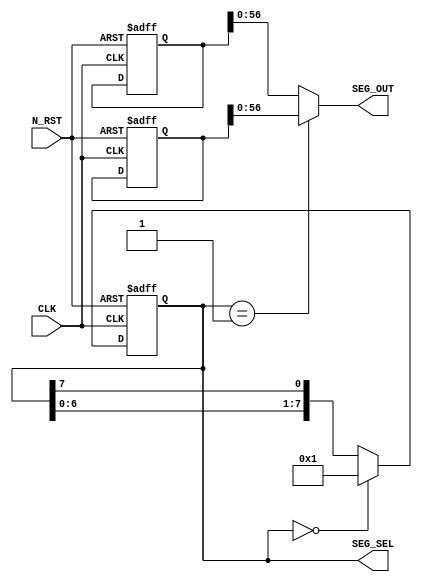
module hq_top(input         CLK,
              input         N_RST,
              output [63:7] SEG_OUT,
              output [ 7:0] SEG_SEL);

    reg [7:0]     r_controller;
    reg [63:0]    r_dot, r_hello;

    wire [7:0]    dec_h, dec_e, dec_l, dec_o, dec_dot;

    assign SEG_OUT = seg_out_select(r_controller);
    assign SEG_SEL = r_controller;

    /* ------------------------------------------------------ */
    // controller
    always@(posedge CLK or negedge N_RST)
      begin
          if(~N_RST) begin
              r_controller <= 8'b0000_0000;
          end else if(r_controller == 8'b0000_0000) begin
              r_controller <= 8'b0000_0001;
          end else begin
              r_controller <= {r_controller[6:0], r_controller[7]};
          end
      end

    /* ------------------------------------------------------ */
    // seg_out_selector
    function [63:0] seg_out_select;
        input [7:0] controller;
        case(controller)
            8'b0000_0001 : seg_out_select = r_hello;
            default      : seg_out_select = r_dot;
        endcase
    endfunction

    /* ------------------------------------------------------ */
    // register
    always@(posedge CLK or negedge N_RST)
      begin
          if(~N_RST) begin
              r_dot   <= 64'h0101_0101_0101_0101;
              r_hello <= {dec_h, dec_e, dec_l, dec_l, dec_o, dec_dot, dec_dot, dec_dot};
          end
      end

    /* ------------------------------------------------------ */
    // decode
    //                    +-------- upper
    //                    |+------- right upper
    //                    ||+------ right lower
    //                    |||+----- lower
    //                    ||||+---- left lower
    //                    |||||+--- left upper
    //                    ||||||+-- center
    //                    |||||||+- dot
    assign dec_h     = 8'b01101110;
    assign dec_e     = 8'b10011110;
    assign dec_l     = 8'b00011100;
    assign dec_o     = 8'b11111100;
    assign dec_dot   = 8'b00000001;

endmodule